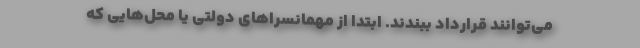
می‌توانند قرارداد ببندند. ابتدا از مهمانسراهای دولتی یا محل‌هایی که